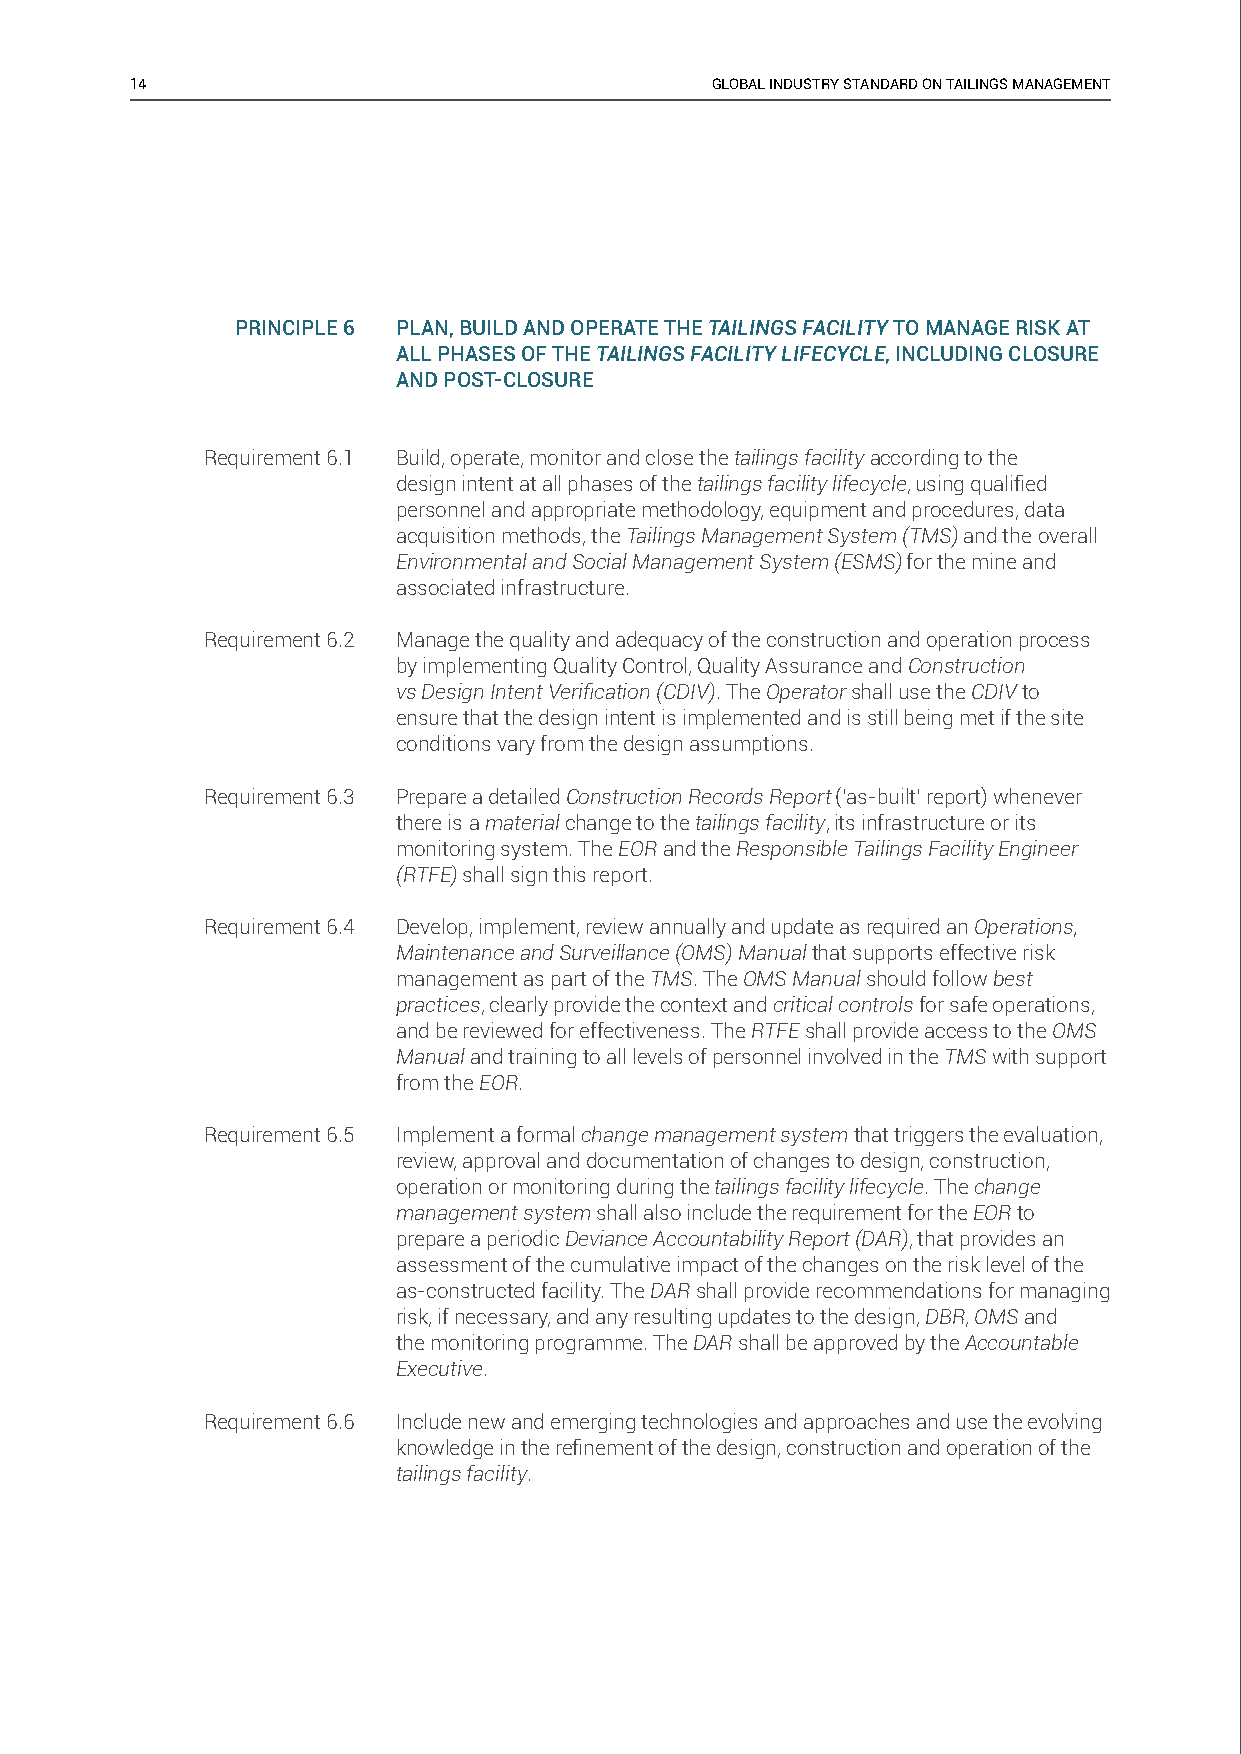
14                                    GLOBAL INDUSTRY STANDARD ON TAILINGS MANAGEMENT
 PRINCIPLE 6 PLAN, BUILD AND OPERATE THE TAILINGS FACILITY TO MANAGE RISK AT
 ALL PHASES OF THE TAILINGS FACILITY LIFECYCLE, INCLUDING CLOSURE
 AND POST-CLOSURE
 Requirement 6.1 Build, operate, monitor and close the tailings facility according to the
 design intent at all phases of the tailings facility lifecycle, using qualifi ed
 personnel and appropriate methodology, equipment and procedures, data
 acquisition methods, the Tailings Management System (TMS) and the overall
 Environmental and Social Management System (ESMS) for the mine and
 associated infrastructure.
 Requirement 6.2 Manage the quality and adequacy of the construction and operation process
 by implementing Quality Control, Quality Assurance and Construction
 vs Design Intent Verifi cation (CDIV). The Operator shall use the CDIV to
 ensure that the design intent is implemented and is still being met if the site
 conditions vary from the design assumptions.
 Requirement 6.3 Prepare a detailed Construction Records Report (‘as-built’ report) whenever
 there is a material change to the tailings facility, its infrastructure or its
 monitoring system. The EOR and the Responsible Tailings Facility Engineer
 (RTFE) shall sign this report.
 Requirement 6.4 Develop, implement, review annually and update as required an Operations,
 Maintenance and Surveillance (OMS) Manual that supports effective risk
 management as part of the TMS. The OMS Manual should follow best
 practices, clearly provide the context and critical controls for safe operations,
 and be reviewed for effectiveness. The RTFE shall provide access to the OMS
 Manual and training to all levels of personnel involved in the TMS with support
 from the EOR.
 Requirement 6.5 Implement a formal change management system that triggers the evaluation,
 review, approval and documentation of changes to design, construction,
 operation or monitoring during the tailings facility lifecycle. The change
 management system shall also include the requirement for the EOR to
 prepare a periodic Deviance Accountability Report (DAR), that provides an
 assessment of the cumulative impact of the changes on the risk level of the
 as-constructed facility. The DAR shall provide recommendations for managing
 risk, if necessary, and any resulting updates to the design, DBR, OMS and
 the monitoring programme. The DAR shall be approved by the Accountable
 Executive.
 Requirement 6.6 Include new and emerging technologies and approaches and use the evolving
 knowledge in the refi nement of the design, construction and operation of the
 tailings facility.